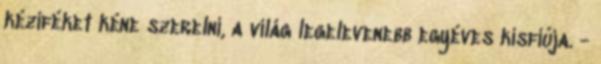
kéziféket kéne szerelni, a világ legelevenebb egyéves kisfiúja. -